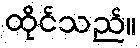
ထိုင်သည်။